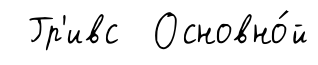
Гр'ивс Основно́й